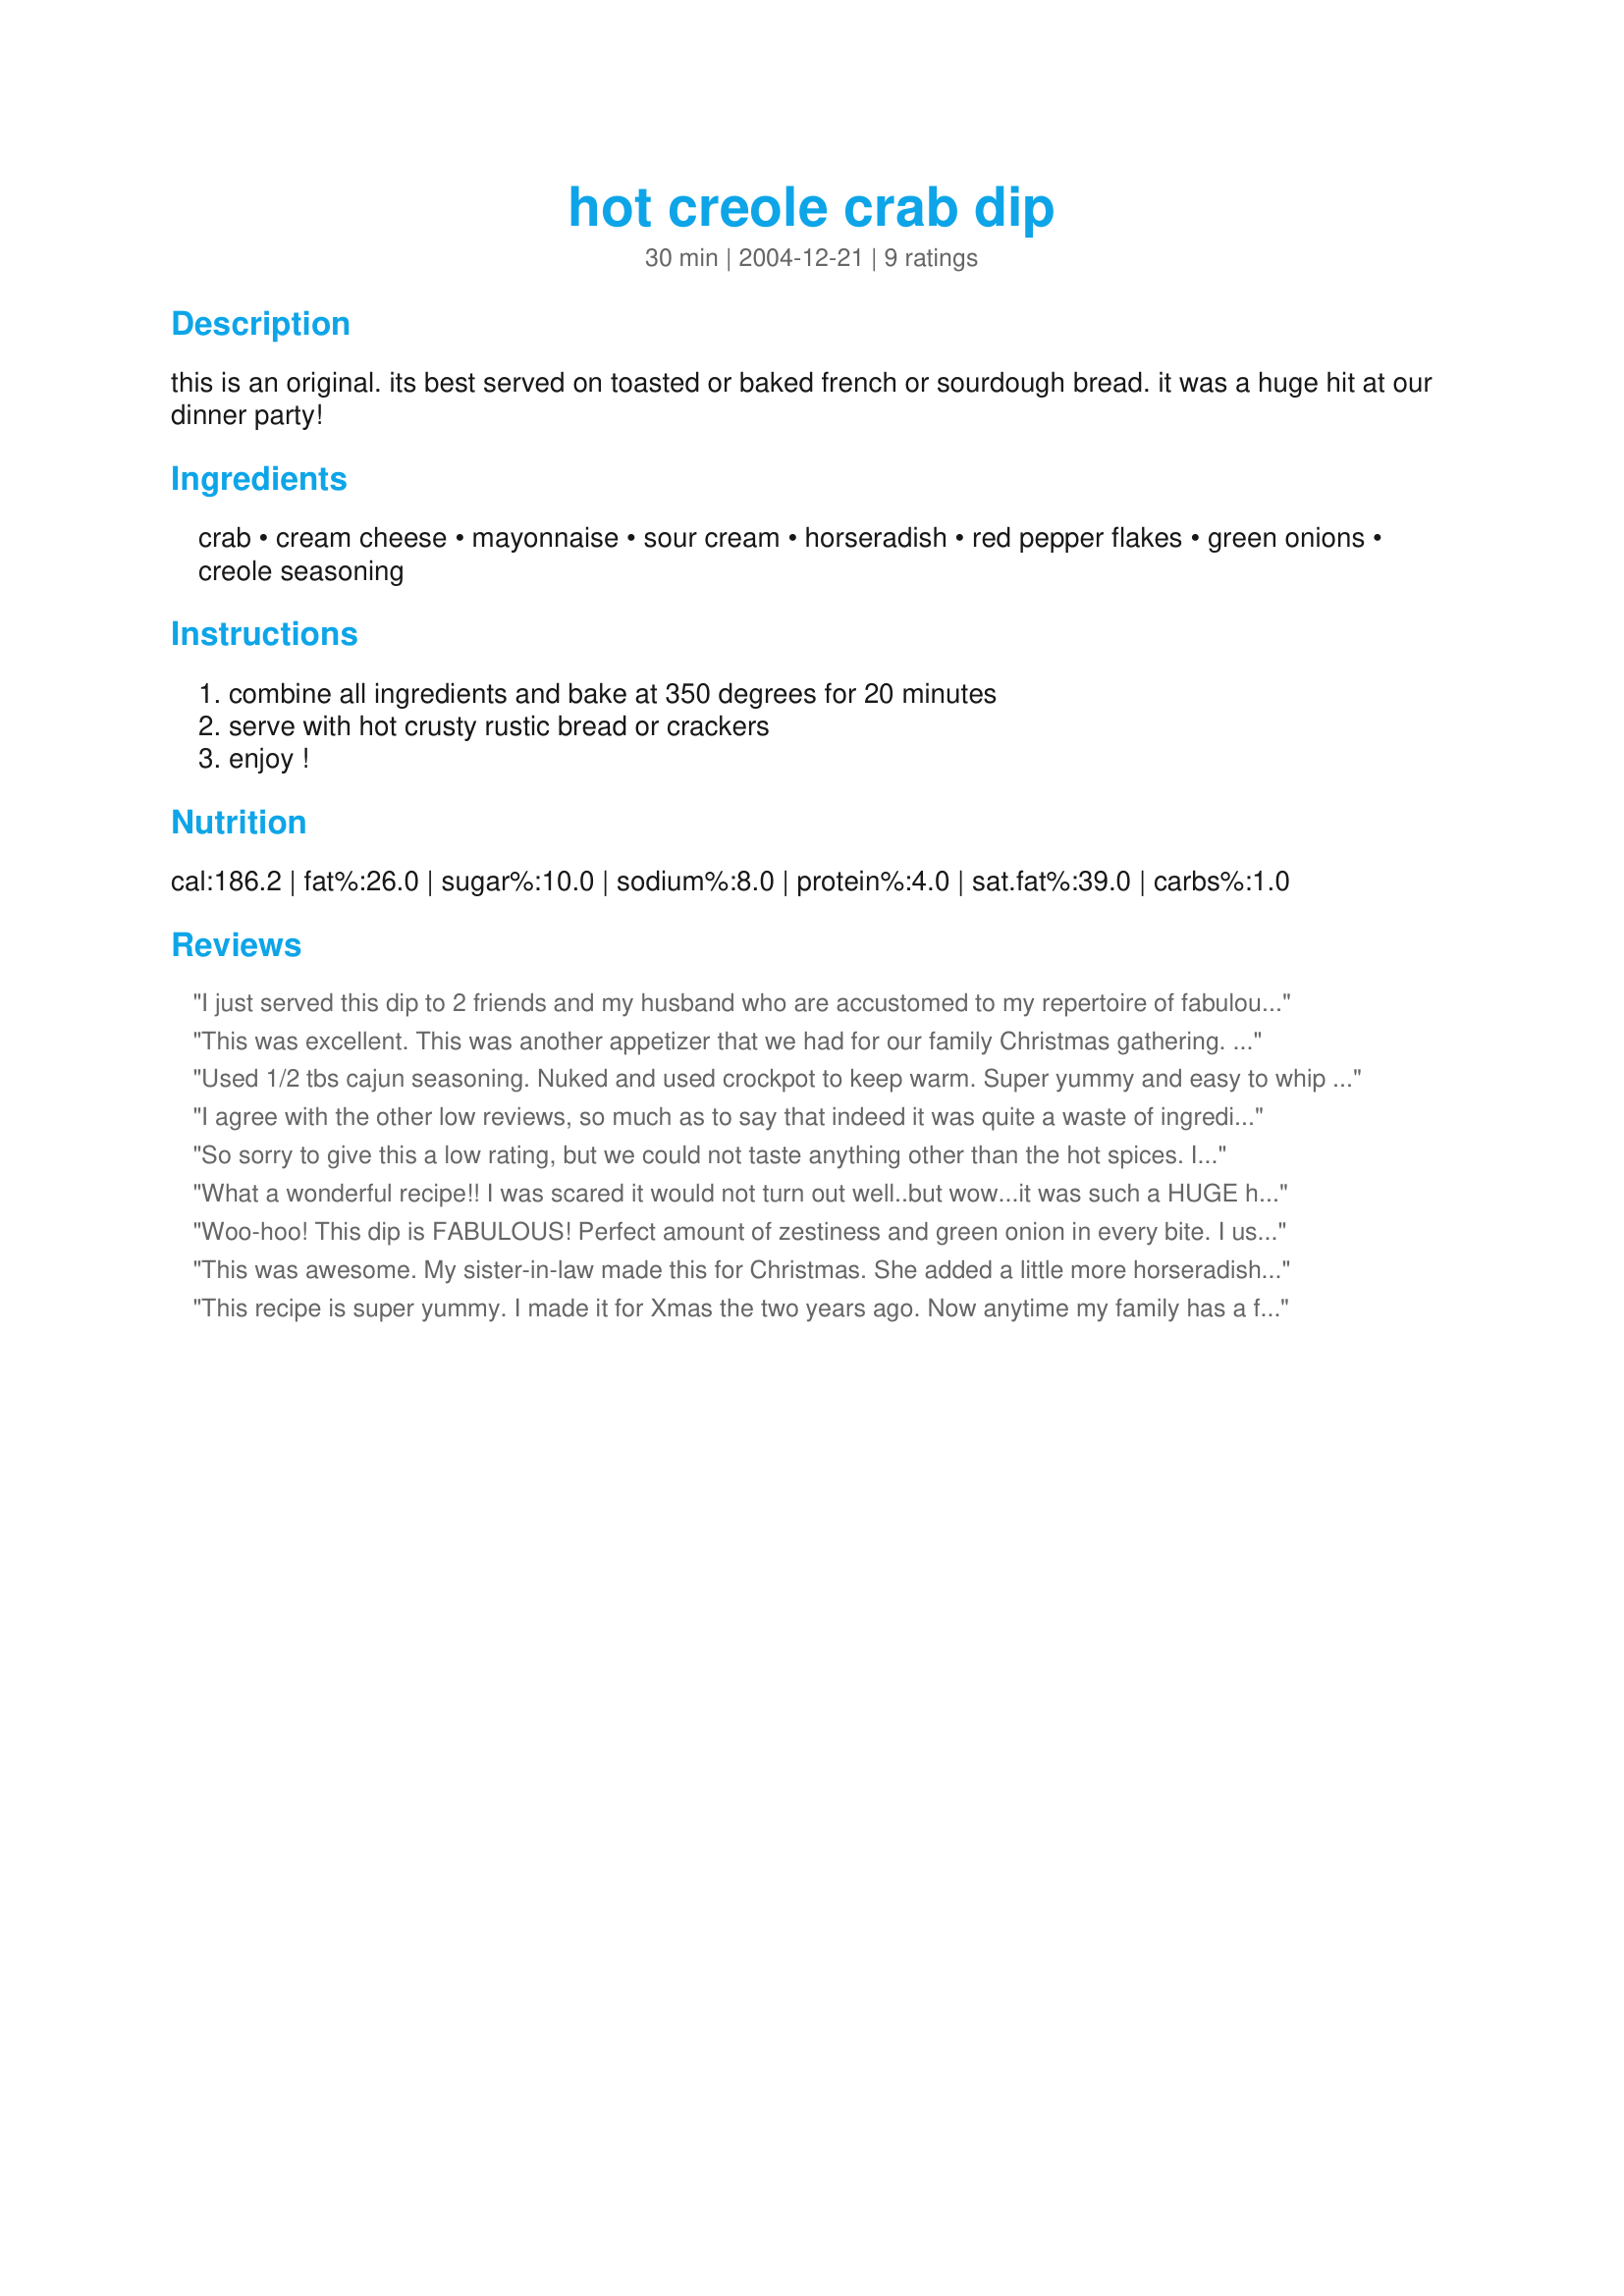
hot creole crab dip
Preparation time: 30 minutes

this is an original. its best served on toasted or baked french or sourdough bread. it was a huge hit at our dinner party!

Ingredients:
crab, cream cheese, mayonnaise, sour cream, horseradish, red pepper flakes, green onions, creole seasoning

Steps:
combine all ingredients and bake at 350 degrees for 20 minutes, serve with hot crusty rustic bread or crackers, enjoy !

Reviews:
I just served this dip to 2 friends and my husband who are accustomed to my repertoire of fabulous recipes and yummy cooking....all 4 of us were very disappointed, and certainly did not come back for more. I was especially disappointed to have made a double batch and wasted all the ingredients. It was not operator error, I have no trouble following recipes, and it was not a tastebud issue, we all like spicy foods, and especially anything cajun. I won't be making this recipe again. sorry for the poor review, i just felt misled by all the wonderful reviews it got, and hope to save someone else any disappointment in the future.
This was excellent. This was another appetizer that we had for our family Christmas gathering. I think next time I will add some sauteed garlic and add more of the grab meat. Served this with assorted crackers.
Used 1/2 tbs cajun seasoning. Nuked and used crockpot to keep warm. Super yummy and easy to whip together. Thanks for the neat recipe Anita!
I agree with the other low reviews, so much as to say that indeed it was quite a waste of ingredients (about $20). It was so disappointing. The recipe called for 1/4 too much cream cheese, and frankly, it has no taste other than a spicy-ness. Imitation crab meat also did not fare well, so it might be better with real crab meat--which I'm glad I saved for another recipe I was making. Overall, I would not make this recipe again.
So sorry to give this a low rating, but we could not taste anything other than the hot spices. If you like spicy hot, you will like this dip; I was looking for something rich and crabby tasting.
What a wonderful recipe!! I was scared it would not turn out well..but wow...it was such a HUGE hit at our little gathering. Can't wait to have it again! Thanks sis!
Woo-hoo! This dip is FABULOUS! Perfect amount of zestiness and green onion in every bite. I used a full pound of fresh crabmeat (about 2 cups...I had to use it up). I garnished with some extra chopped green onion tops. For those who don't like spicy food, just cut the spices in half. I'll be making this for many upcoming get-togethers. Thanx for posting this.
This was awesome. My sister-in-law made this for Christmas. She added a little more horseradish to give it some zing and it was excellent!
This recipe is super yummy. I made it for Xmas the two years ago. Now anytime my family has a function, they ask me to make this. Think I will make some tonight!!
